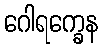
ဂေါရက္ခေန